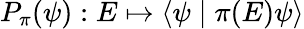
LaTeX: P_{\pi}(\psi):E\mapsto\langle\psi\mid\pi(E)\psi\rangle